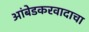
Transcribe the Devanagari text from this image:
आंबेडकरवादाचा